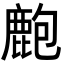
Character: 𪊡